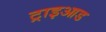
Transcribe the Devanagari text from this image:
ट्राइआड